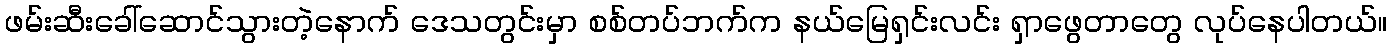
ဖမ်းဆီးခေါ်ဆောင်သွားတဲ့နောက် ဒေသတွင်းမှာ စစ်တပ်ဘက်က နယ်မြေရှင်းလင်း ရှာဖွေတာတွေ လုပ်နေပါတယ်။